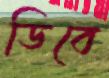
ডিবে